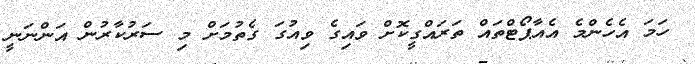
ހަމަ އެހެންމެ އެއާޕޯޓްތައް ތަރައްގީކޮށް ވައިގެ ވިއުގަ ގެތުމަށް މި ސަރުކާރުން އަންނަނީ